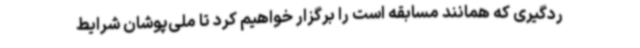
ردگیری که همانند مسابقه است را برگزار خواهیم کرد تا ملی‌پوشان شرایط